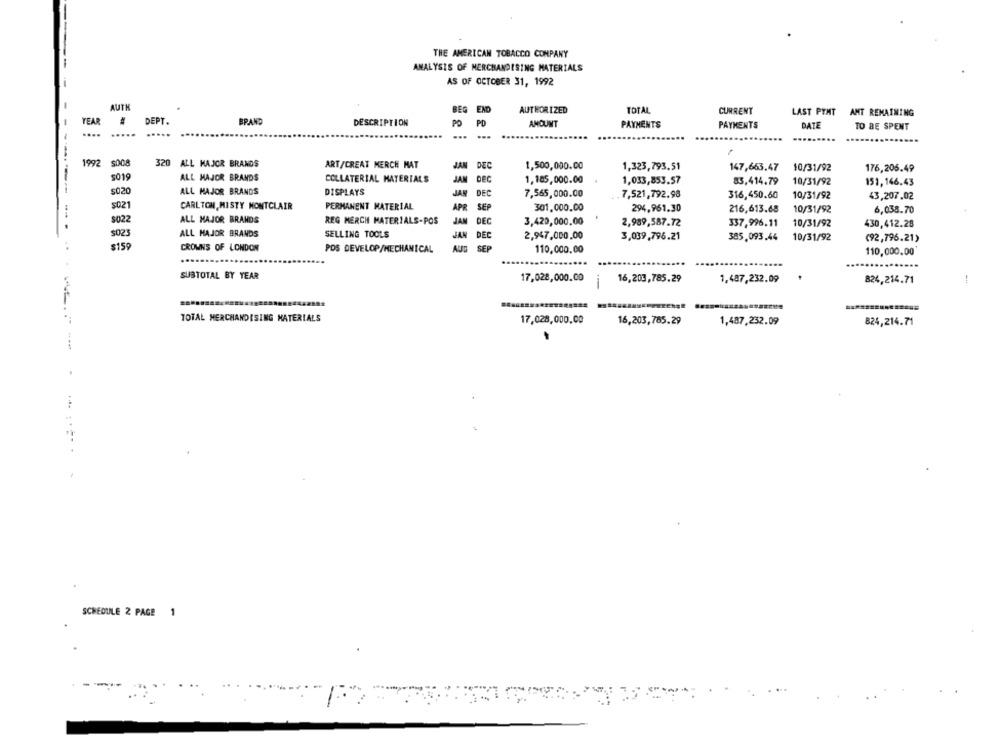
THE AMERICAN TOBACCO COMPANY
ANALYSIS OF MERCHANDISING MATERIALS
AS OF OCTOBER 31, 1992
-
AUTH
BEG
END
AUTHOR IZED
TOTAL
CURRENT
LAST PIMT AMT REMAINING
TEAR
DEPT.
BRAND
DESCRIPTION
PO
PD
AMOUNT
PAYMENTS
PAYMENTS
DATE
TO BE SPENT
....
....
.....
...
...
1992 $008
320 ALL MAJOR BRANDS
ART/CREAT MERCH MAT
JAN
1,500,000.00
1.323,793.51
147,663.47
10/31/92
176,205.49
5019
ALL MAJOR BRANDS
COLLATERIAL MATERIALS
DEC
1,185,000.00
1,033,853.57
83,414.79
10/31/92
151, 146.43
5020
ALL MAJOR BRANDS
DISPLAYS
JAN DEC
7,565,000.00
7,521,792.98
316,450.60
10/31/92
43,207.02
$021
CARLTON, MISTY MONTCLAIR
PERMANENT MATERIAL
APR SEP
301.000.00
294,961.30
216,613.68
10/31/92
6,038.70
$022
ALL MAJOR BRANDS
REG MERCH MATERIALS-POS
JAN DEC
3,420,000,00
2,989,587.72
337,996.11
10/31/92
430,412.28
ALL MAJOR BRANDS
SELLING TOOLS
JAN DEC
2,947,000,00
3,039,796.21
385,093.44
10/31/92
(92,796.21)
$159
CROWNS OF LONDON
POS DEVELOP/MECHANICAL
AUG SEP
110,000.00
110,000.00
...
.......
SUBTOTAL BY YEAR
17,028,000.00
16,203,785.29
1,487,232.09
824,214.71
1
TOTAL MERCHANDISING MATERIALS
17,028,000.00
16,203,785.29
1,487,232.09
824,214.71
SCHEDULE 2 PAGE 1